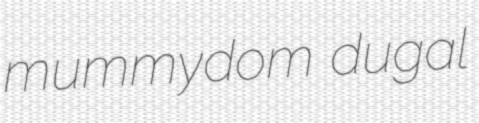
mummydom dugal